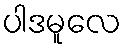
ပါဒမူလေ